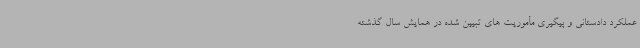
عملکرد دادستانی و پیگیری مأموریت های تبیین شده در همایش سال گذشته